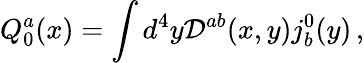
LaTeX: Q_{0}^{a}(x)=\int d^{4}y{\cal D}^{ab}(x,y)j_{b}^{0}(y)\, ,